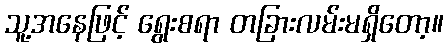
သူ့အနေဖြင့် ရွေးစရာ တခြားလမ်းမရှိတော့။